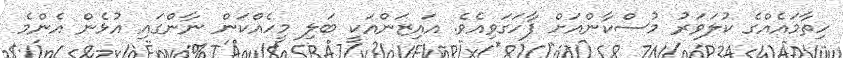
ހިތާމައެއްގެ ކުލަވަރު މުސްކާންއަށް ފާހަގަވިއެވެ. އައިޒަންއަކީ ބަލި މީހެއްކަން ނާންގައި އުޅެން އެންމެ